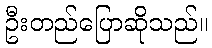
ဦးတည်ပြောဆိုသည်။